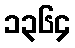
၁၃၆၄